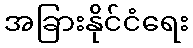
အခြားနိုင်ငံရေး